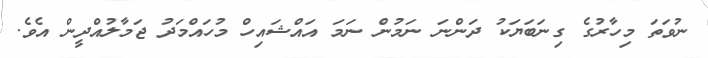
ނުވަތަ މިހާރުގެ ގިނަބަޔަކު ދަންނަ ނަމުން ނަމަ އައްޝައިހް މުހައްމަދު ޖަމާލުއްދީން އެވެ.